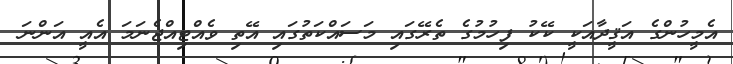
އެމީހުންގެ އަޤީދާއަކީ ކޭކު ފިހުމުގެ ތެރޭގައި މަސައްކަތުގައި އޭތި ވެއްޓިއްޖެނަމަ އެއީ އަންނަ